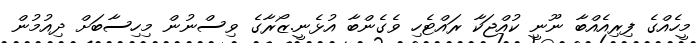
މީހެއްގެ ފިރިއެއްބާ ނޫނީ ކުއްޖަކާ ރައްޓެހި ވެގެންބާ އުޅެނީ.ޒޯރާގެ ވިސްނުން މިހިސާބަށް ދިއުމުން